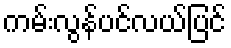
ကမ်းလွန်ပင်လယ်ပြင်